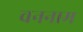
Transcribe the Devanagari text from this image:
वननाम